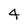
Character: 4